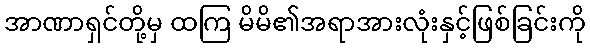
အာဏာရှင်တို့မှ ထကြ မိမိ၏အရာအားလုံးနှင့်ဖြစ်ခြင်းကို